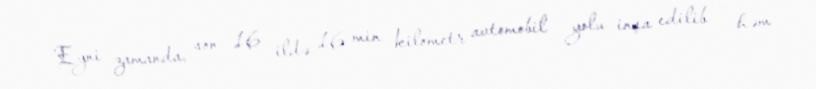
Eyni zamanda, son 16 ildə 16 min kilometr avtomobil yolu inşa edilib - həm